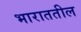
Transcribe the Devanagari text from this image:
भाराततील